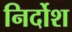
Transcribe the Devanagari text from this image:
निर्दोश